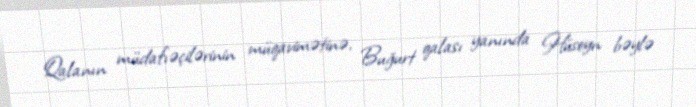
Qalanın müdafıəçilərinin müqavimətinə, Buğurt qalası yanında Hüseyn bəylə